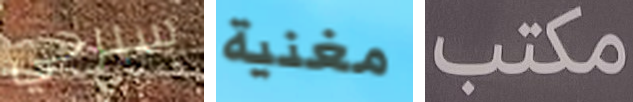
سيرجي مغنية مكتب